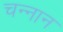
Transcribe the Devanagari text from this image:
चन्नान